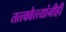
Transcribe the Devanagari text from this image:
तत्त्ववेत्त्यांनीही